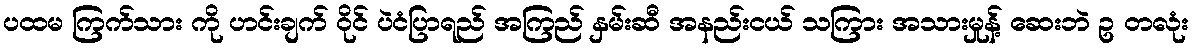
ပထမ ကြက်သား ကို ဟင်းချက် ဝိုင် ပဲငံပြာရည် အကြည် နှမ်းဆီ အနည်းငယ် သကြား အသားမှုန့် ဆေးဘဲ ဥ တလုံး